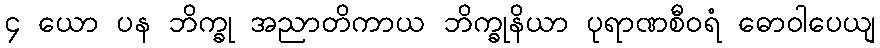
၄ ယော ပန ဘိက္ခု အညာတိကာယ ဘိက္ခုနိယာ ပုရာဏစီဝရံ ဓောဝါပေယျ